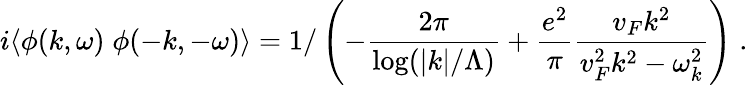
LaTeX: i\langle\phi(k,\omega)\; \phi(-k,-\omega)\rangle=1/\left(-\frac{2\pi}{\log(|k|/\Lambda)}+\frac{e^{2}}{\pi}\frac{v_{F}k^{2}}{v_{F}^{2}k^{2}-\omega_{k}^{2}}\right)\; .\;